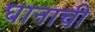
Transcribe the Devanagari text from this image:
घानाची